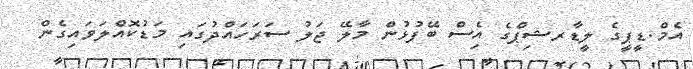
އެމް.ޑީޕީގެ ލީޑާރޝިޕްގެ އެިސް ބޭފުޅުން މާލޭ ޖަލު ސަރަހައްދުގައި މަޑުކޮއްލަވައިގެން